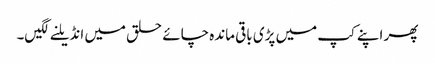
پھر اپنے کپ میں پڑی باقی ماندہ چائے حلق میں انڈیلنے لگیں۔